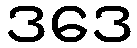
ဒဒေ